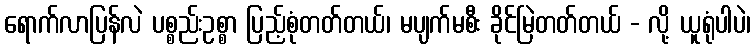
ရောက်လာပြန်လဲ ပစ္စည်းဥစ္စာ ပြည့်စုံတတ်တယ်၊ မပျက်မစီး ခိုင်မြဲတတ်တယ် - လို့ ယူရုံပါပဲ၊